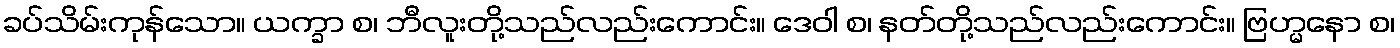
ခပ်သိမ်းကုန်သော။ ယက္ခာ စ၊ ဘီလူးတို့သည်လည်းကောင်း။ ဒေဝါ စ၊ နတ်တို့သည်လည်းကောင်း။ ဗြဟ္မနော စ၊